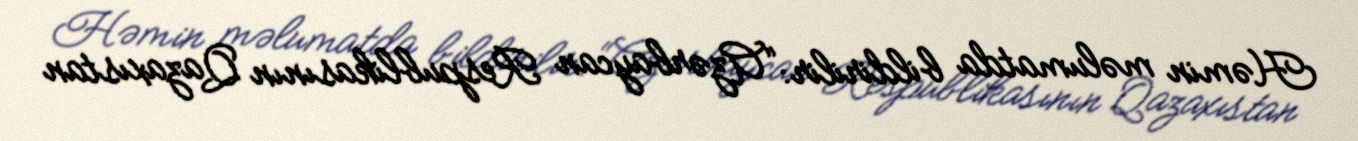
Həmin məlumatda bildirilir: “Azərbaycan Respublikasının Qazaxıstan